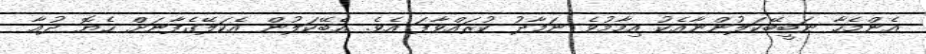
އެންމެހާ ނަބީބޭކަލުންނާއެކު އިމާމުވެ ނަމާދު ކުރައްވާފަ އެވެ. އެބޭކަލުން އެކަލޭގެފާނަށް ހެޔޮ ދުޢާ